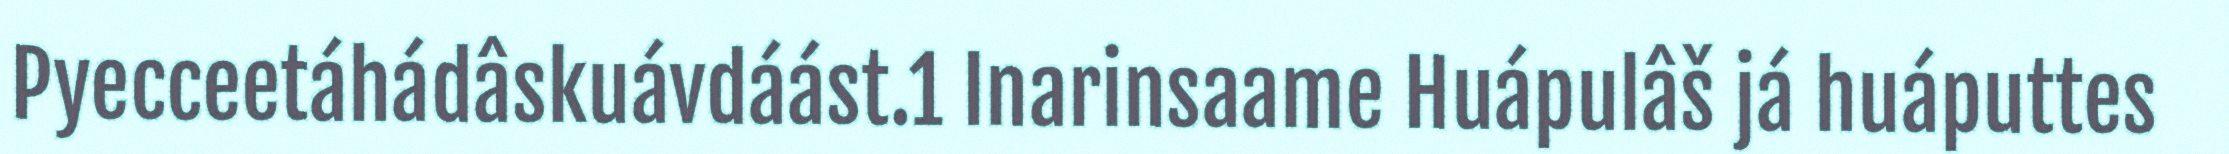
Pyecceetáhádâskuávdáást.1 Inarinsaame Huápulâš já huáputtes